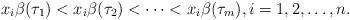
LaTeX: \begin{align*} x_i\beta(\tau_1)<x_i\beta(\tau_2)<\cdots<x_i\beta(\tau_m),i=1,2,\ldots,n.\end{align*}